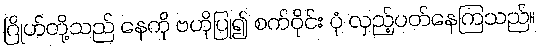
ဂြိုဟ်တို့သည် နေကို ဗဟိုပြု၍ စက်ဝိုင်း ပုံ လှည့်ပတ်နေကြသည်။